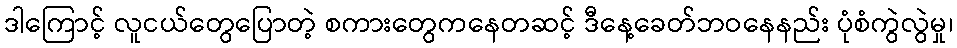
ဒါကြောင့် လူငယ်တွေပြောတဲ့ စကားတွေကနေတဆင့် ဒီနေ့ခေတ်ဘဝနေနည်း ပုံစံကွဲလွဲမှု၊